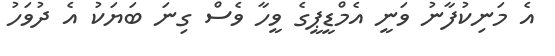
އެ މަނިކުފާނު ވަނީ އެމްޑީޕީގެ ވީހާ ވެސް ގިނަ ބަޔަކު އެ ދުވަހު